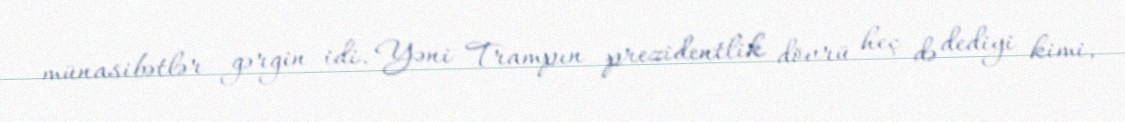
münasibətlər gərgin idi. Yəni Trampın prezidentlik dövrü heç də dediyi kimi,